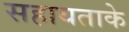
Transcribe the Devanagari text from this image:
सहायताके